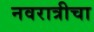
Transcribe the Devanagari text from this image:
नवरात्रीचा